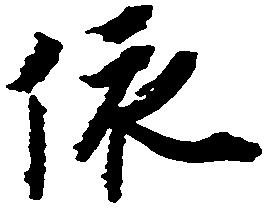
依